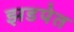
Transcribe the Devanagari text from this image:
झडपेत